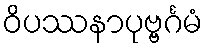
ဝိပဿနာပုဗ္ဗင်္ဂမံ